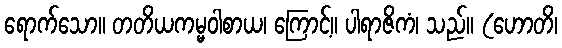
ရောက်သော။ တတိယကမ္မဝါစာယ၊ ကြောင့်။ ပါရာဇိကံ၊ သည်။ (ဟောတိ၊